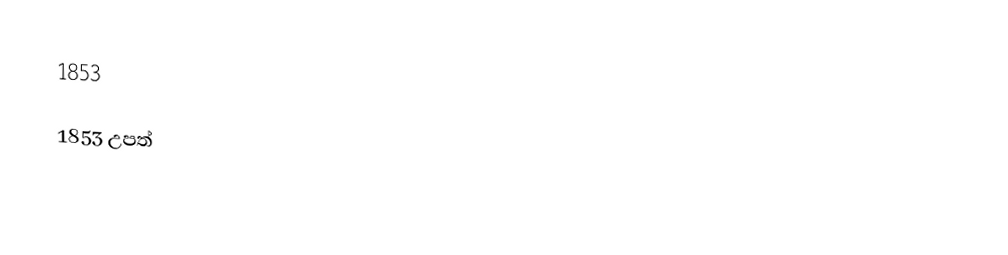
1853

1853 උපත්